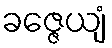
ခဇ္ဇေယျံ